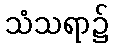
သံသရာ၌